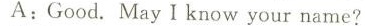
A:Good. May I know your name?